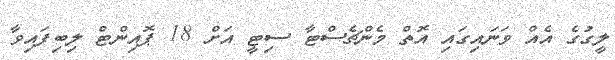
ލީގުގެ އެއް ވަނައިގައި އޮތް މެންޗެސްޓާ ސިޓީ އަށް 18 ޕޮއިންޓް ލިބިފައިވާ